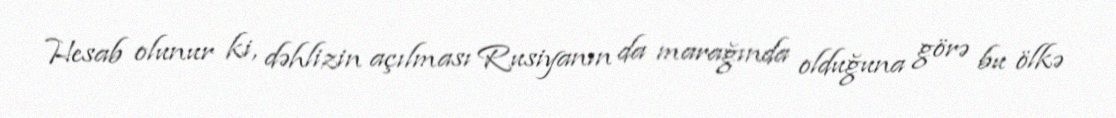
Hesab olunur ki, dəhlizin açılması Rusiyanın da marağında olduğuna görə bu ölkə